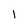
Character: 1